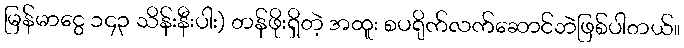
မြန်မာငွေ ၁၄၃ သိန်းနီးပါး) တန်ဖိုးရှိတဲ့ အထူး စပရိုက်လက်ဆောင်ဘဲဖြစ်ပါတယ်။